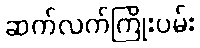
ဆက်လက်ကြိုးပမ်း